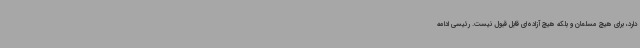
دارد، برای هیچ مسلمان و بلکه هیچ آزاده‌ای قابل قبول نیست. رئیسی ادامه